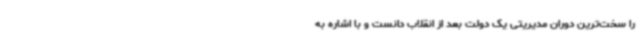
را سخت‌ترین دوران مدیریتی یک دولت بعد از انقلاب دانست و با اشاره به